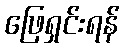
ဖြေရှင်းရန်